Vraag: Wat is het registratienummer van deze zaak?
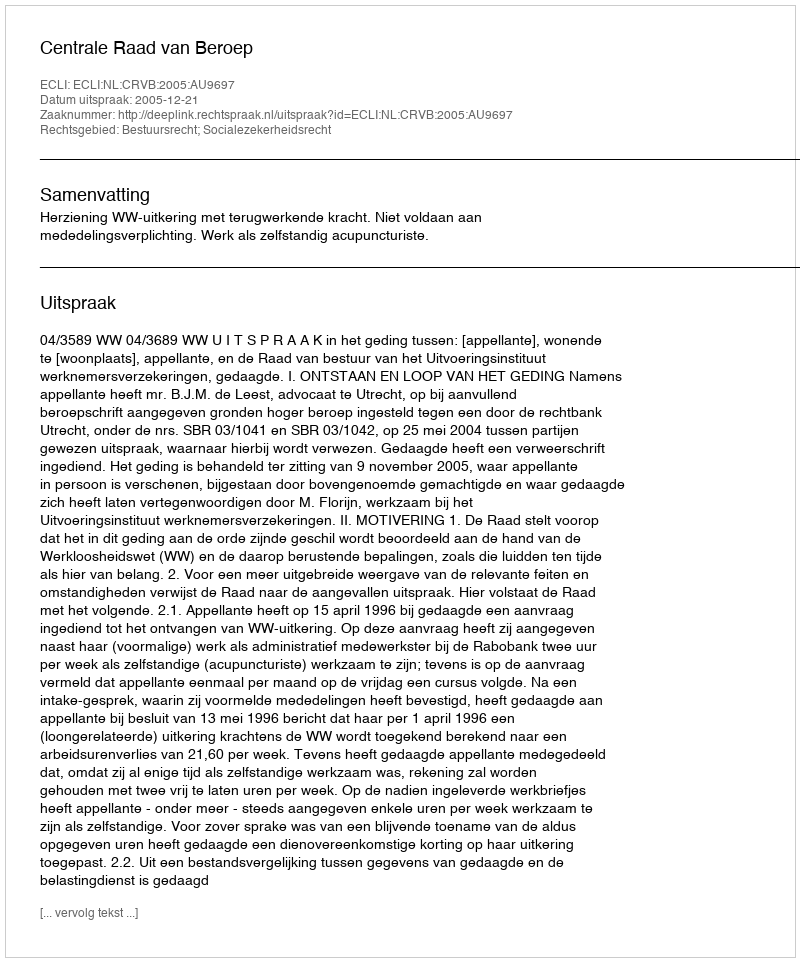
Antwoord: http://deeplink.rechtspraak.nl/uitspraak?id=ECLI:NL:CRVB:2005:AU9697